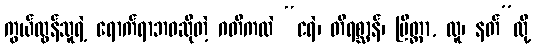
ကွယ်လွန်သူရဲ့ ရောက်ရာဘဝဆိုတဲ့ ဂတိကလဲ “ငရဲ၊ တိရစ္ဆာန်၊ ပြိတ္တာ, လူ၊ နတ်”လို့